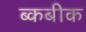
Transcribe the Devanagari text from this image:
ब्कबीक